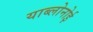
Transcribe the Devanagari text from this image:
याब्लोनोई